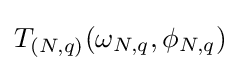
{\textstyle T_{(N,q)}(\omega _{N,q},\phi _{N,q})}